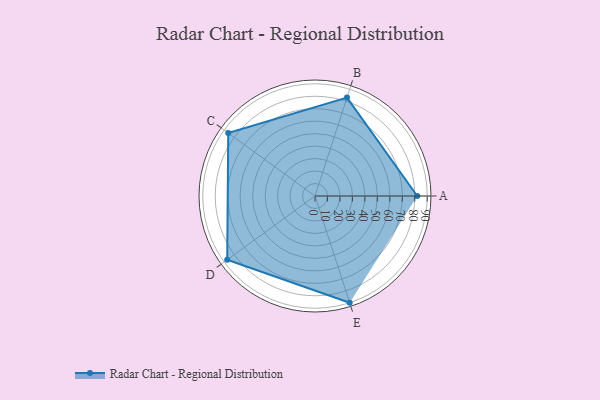
{"axis": {"x": "Skill", "y": "Score"}, "legend": ["Profile"], "data": [{"x": "A", "y": 82.0, "type": "Profile"}, {"x": "B", "y": 83.0, "type": "Profile"}, {"x": "C", "y": 86.0, "type": "Profile"}, {"x": "D", "y": 87.0, "type": "Profile"}, {"x": "E", "y": 90.0, "type": "Profile"}]}